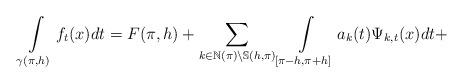
LaTeX: \begin{align*}\int\limits_{\gamma(\pi,h)}f_{t}(x)dt=F(\pi,h)+\sum_{k\in\mathbb{N}(\pi)\backslash\mathbb{S}(h,\pi)}\int\limits_{[\pi-h,\pi+h]}a_{k}(t)\Psi_{k,t}(x)dt+\end{align*}